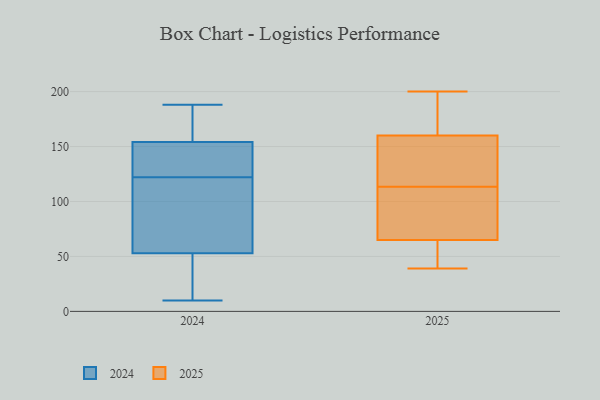
{"axis": {"x": "Tickets Resolved", "y": "Value"}, "legend": ["2024", "2025"], "data": [{"x": "", "y": 72, "type": "2025"}, {"x": "", "y": 42, "type": "2025"}, {"x": "", "y": 58, "type": "2025"}, {"x": "", "y": 90, "type": "2025"}, {"x": "", "y": 200, "type": "2025"}, {"x": "", "y": 118, "type": "2025"}, {"x": "", "y": 134, "type": "2025"}, {"x": "", "y": 39, "type": "2025"}, {"x": "", "y": 196, "type": "2025"}, {"x": "", "y": 109, "type": "2025"}, {"x": "", "y": 147, "type": "2025"}, {"x": "", "y": 173, "type": "2025"}, {"x": "", "y": 137, "type": "2024"}, {"x": "", "y": 25, "type": "2024"}, {"x": "", "y": 45, "type": "2024"}, {"x": "", "y": 65, "type": "2024"}, {"x": "", "y": 81, "type": "2024"}, {"x": "", "y": 122, "type": "2024"}, {"x": "", "y": 165, "type": "2024"}, {"x": "", "y": 132, "type": "2024"}, {"x": "", "y": 123, "type": "2024"}, {"x": "", "y": 160, "type": "2024"}, {"x": "", "y": 183, "type": "2024"}, {"x": "", "y": 99, "type": "2024"}, {"x": "", "y": 97, "type": "2024"}, {"x": "", "y": 177, "type": "2024"}, {"x": "", "y": 10, "type": "2024"}, {"x": "", "y": 42, "type": "2024"}, {"x": "", "y": 126, "type": "2024"}, {"x": "", "y": 188, "type": "2024"}, {"x": "", "y": 49, "type": "2024"}]}